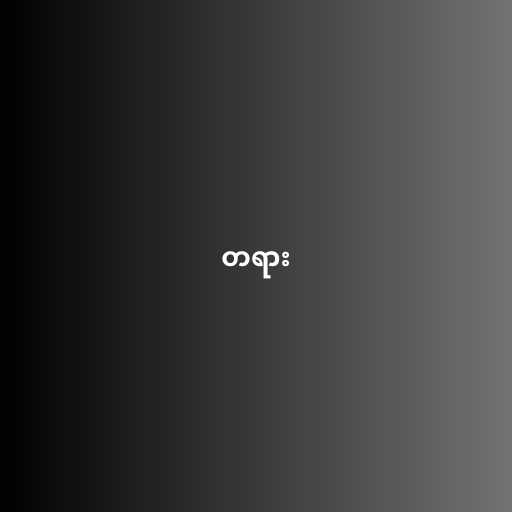
တရား